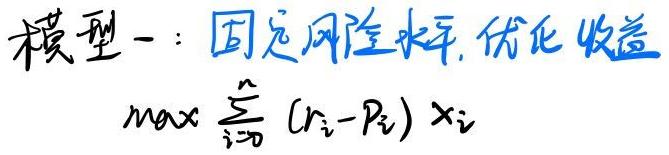
模型一：固定风险水平, 优化收益

\[
\max \sum_{i = 0}^{n} (r_i - p_i) x_i
\]